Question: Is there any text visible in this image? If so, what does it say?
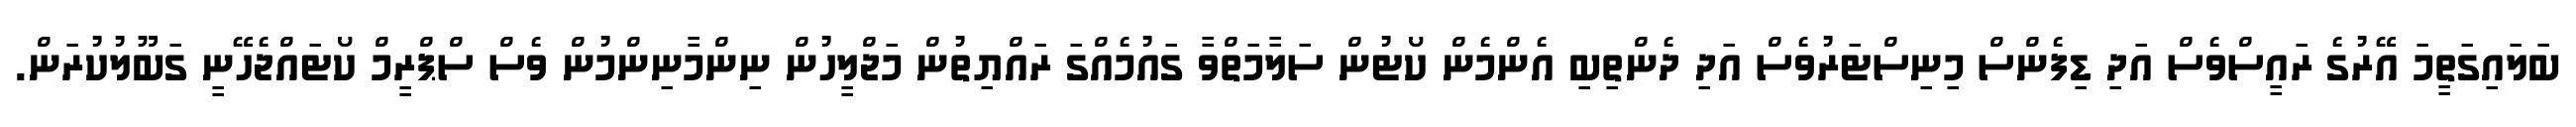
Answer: ބަލައިގަތީމަ އޭރުގެ ރައީސްވެސް އަދި ޑިފެންސް މިނިސްޓަރުވެސް އަދި ދެންތިބި އެންމެން ކޯޓުން ސަލާމަތްވާ ގައުމެއްގަ ރައްޔިތުން މަޖްލީހުން ނިންމާނިންމުން ވެސް ސްޕްރީމް ކޯޓައްޖެހޭނީ ގަބޫލުކުރަން.